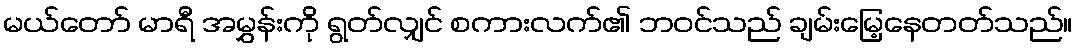
မယ်တော် မာရီ အမွှန်းကို ရွတ်လျှင် စကားလက်၏ ဘဝင်သည် ချမ်းမြေ့နေတတ်သည်။